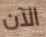
الآن